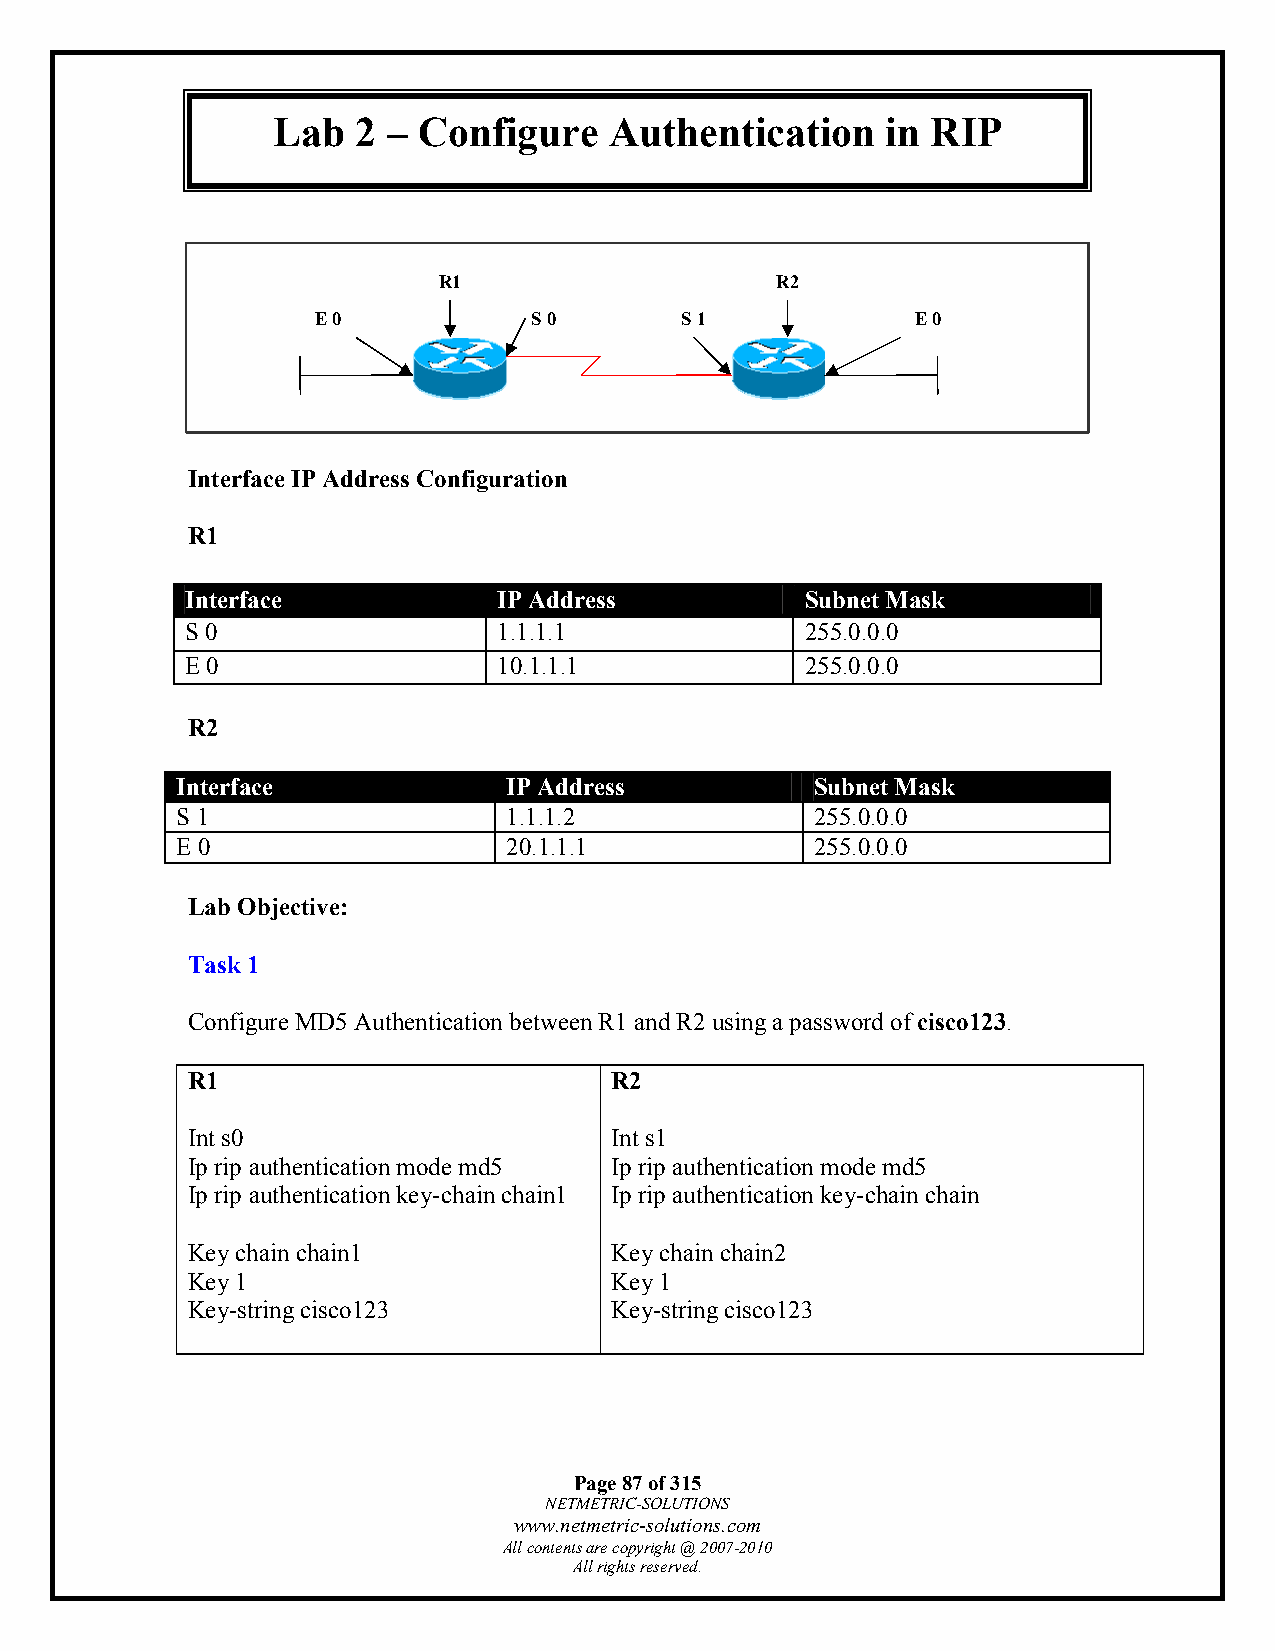
Lab   2 – Configure   Authentication     in RIP
 R1                    R2
 E 0           S 0       S 1             E 0
 Interface IP Address Configuration
 R1
 Interface            IP Address          Subnet Mask
 S 0                  1.1.1.1             255.0.0.0
 E 0                  10.1.1.1            255.0.0.0
 R2
 Interface             IP Address          Subnet Mask
 S 1                   1.1.1.2             255.0.0.0
 E 0                   20.1.1.1            255.0.0.0
 Lab Objective:
 Task 1
 Configure MD5 Authentication between R1 and R2 using a password of cisco123.
 R1                          R2
 Int s0                      Int s1
 Ip rip authentication mode md5 Ip rip authentication mode md5
 Ip rip authentication key-chain chain1 Ip rip authentication key-chain chain
 Key chain chain1            Key chain chain2
 Key 1                       Key 1
 Key-string cisco123         Key-string cisco123
 Page 87 of 315
 NETMETRIC-SOLUTIONS
 www.netmetric-solutions.com
 All contents are copyright @ 2007-2010
 All rights reserved.